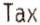
TAX